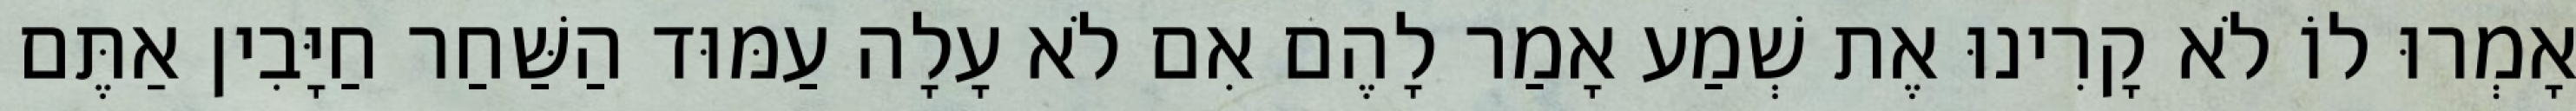
אָמְרוּ לוֹ לֹא קָרִינוּ אֶת שְׁמַע אָמַר לָהֶם אִם לֹא עָלָה עַמּוּד הַשַּׁחַר חַיָּבִין אַתֶּם